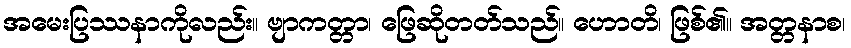
အမေးပြဿနာကိုလည်း။ ဗျာကတ္တာ၊ ဖြေဆိုတတ်သည်။ ဟောတိ၊ ဖြစ်၏။ အတ္တနာစ၊